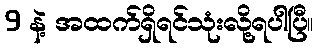
9 နဲ့ အထက်ရှိရင်သုံးလို့ရပါပြီ။